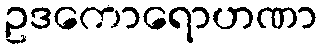
ဥဒကောရောဟဏာ